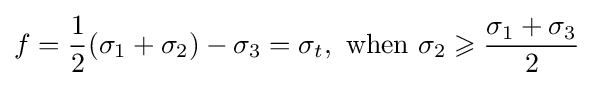
f={\frac {1}{2}}({\sigma _{1}}+{\sigma _{2}})-{\sigma _{3}}={\sigma _{t}},{\text{ when  }}{\sigma _{2}}\geqslant {\frac {{\sigma _{1}}+{\sigma _{3}}}{2}}